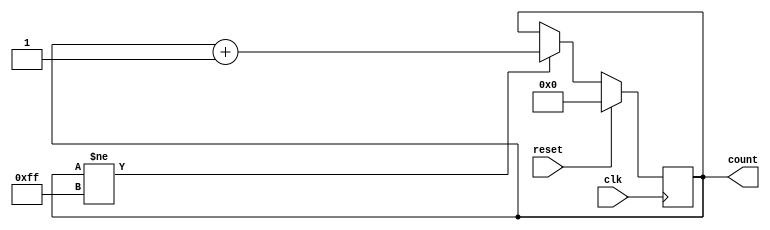
module counter(input wire clk,
	       output wire [count_width - 1:0] count,
	       input wire reset);

parameter count_width = 8;
parameter count_max = 255;

reg [count_width - 1:0] count_reg = 0;

always @(posedge clk) begin
	if (reset)
		count_reg <= 0;
	else if (count_reg != count_max[count_width - 1:0])
		count_reg <= count_reg + 1'b1;
end

assign count = count_reg;

endmodule